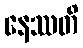
နေဿတိ